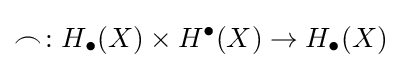
\frown \colon H_{\bullet }(X)\times H^{\bullet }(X)\to H_{\bullet }(X)